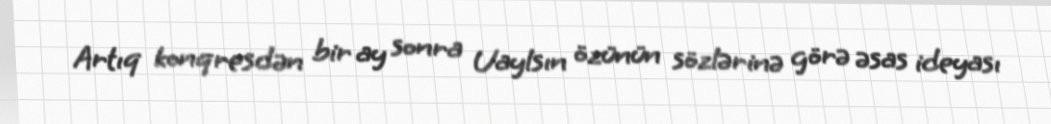
Artıq konqresdən bir ay sonra Uaylsın özünün sözlərinə görə əsas ideyası